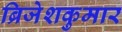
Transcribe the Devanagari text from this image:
ब्रिजेशकुमार